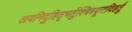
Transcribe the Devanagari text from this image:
अवनिदुहितृभर्तुश्चित्रकूटविहर्तु